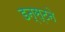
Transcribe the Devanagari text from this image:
डन्स्टने